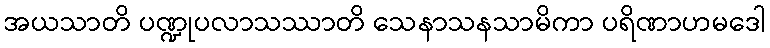
အယသာတိ ပဏ္ဍုပလာသဿာတိ သေနာသနသာမိကာ ပရိဏာဟမဒေါ